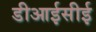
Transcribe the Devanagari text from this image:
डीआईसीई